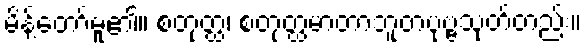
မိန့်တော်မူ၏။ စတုတ္ထံ၊ စတုတ္ထမာတာဘူတပုဗ္ဗသုတ်တည်း။